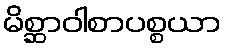
မိစ္ဆာဝါစာပစ္စယာ